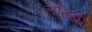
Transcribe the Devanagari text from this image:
लोख्खी